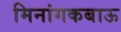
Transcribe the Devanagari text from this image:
मिनांगकबाऊ